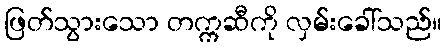
ဖြတ်သွားသော တက္ကဆီကို လှမ်းခေါ်သည်။